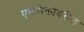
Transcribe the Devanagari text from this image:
एकमेकावरील